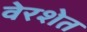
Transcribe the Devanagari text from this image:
वेरशेत